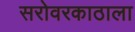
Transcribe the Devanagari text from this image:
सरोवरकाठाला